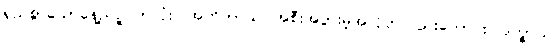
ရှည်စွာသောနေ့ညဉ့်ပတ်လုံး။ အဟိတာယ၊ အစီးအပွားမဲ့အလိုငှာလည်းကောင်း။ ဒုက္ခာယ၊